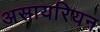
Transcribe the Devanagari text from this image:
असायरियन